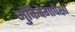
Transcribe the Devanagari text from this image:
मुक्तिवेगापेक्षा